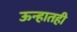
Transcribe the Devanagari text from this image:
ऊन्हातही